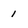
Character: 1